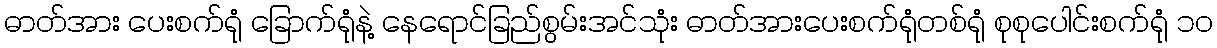
ဓာတ်အား ပေးစက်ရုံ ခြောက်ရုံနဲ့ နေရောင်ခြည်စွမ်းအင်သုံး ဓာတ်အားပေးစက်ရုံတစ်ရုံ စုစုပေါင်းစက်ရုံ ၁၀